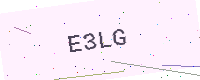
Text: E3LG